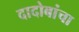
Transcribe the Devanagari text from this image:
दादोबांचा